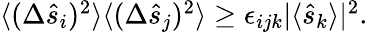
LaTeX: \begin{array}{r}{\langle(\Delta\hat{s}_{i})^{2}\rangle\langle(\Delta\hat{s}_{j})^{2}\rangle\geq\epsilon_{ijk}|\langle\hat{s}_{k}\rangle|^{2}.}\end{array}